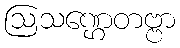
ဩသဏ္ဌေတဗ္ဗာ